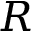
R